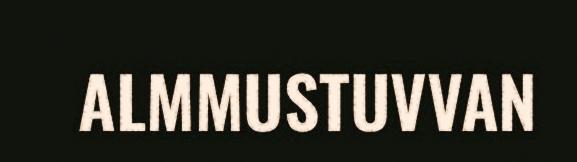
ALMMUSTUVVAN